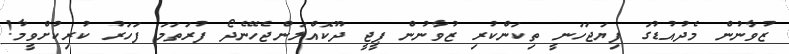
ޒުވާނުން މެދުއުޑުގަ ފިޔަޖަހަނީ ތިކަންކުރި ޒުވާނުން ޕީޖީ ދޫކޮއްލަންޖެހޭނެދޯ ފުރަތަމަ ފަހަރު ކުރިކުށްވީމާ!